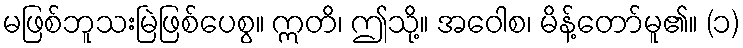
မဖြစ်ဘူသးမြဲဖြစ်ပေစွ။ ဣတိ၊ ဤသို့။ အဝေါစ၊ မိန့်တော်မူ၏။ (၁)